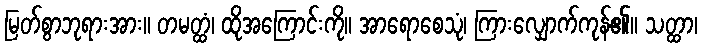
မြတ်စွာဘုရားအား။ တမတ္ထံ၊ ထိုအကြောင်းကို။ အာရောစေသုံ၊ ကြားလျှောက်ကုန်၏။ သတ္ထာ၊